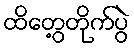
ထိတွေ့တိုက်ပွဲ